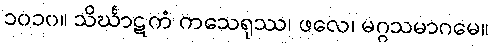
၁၀၁၀။ သိင်္ဃာဋကံ ကသေရုဿ၊ ဖလေ၊ မဂ္ဂသမာဂမေ။